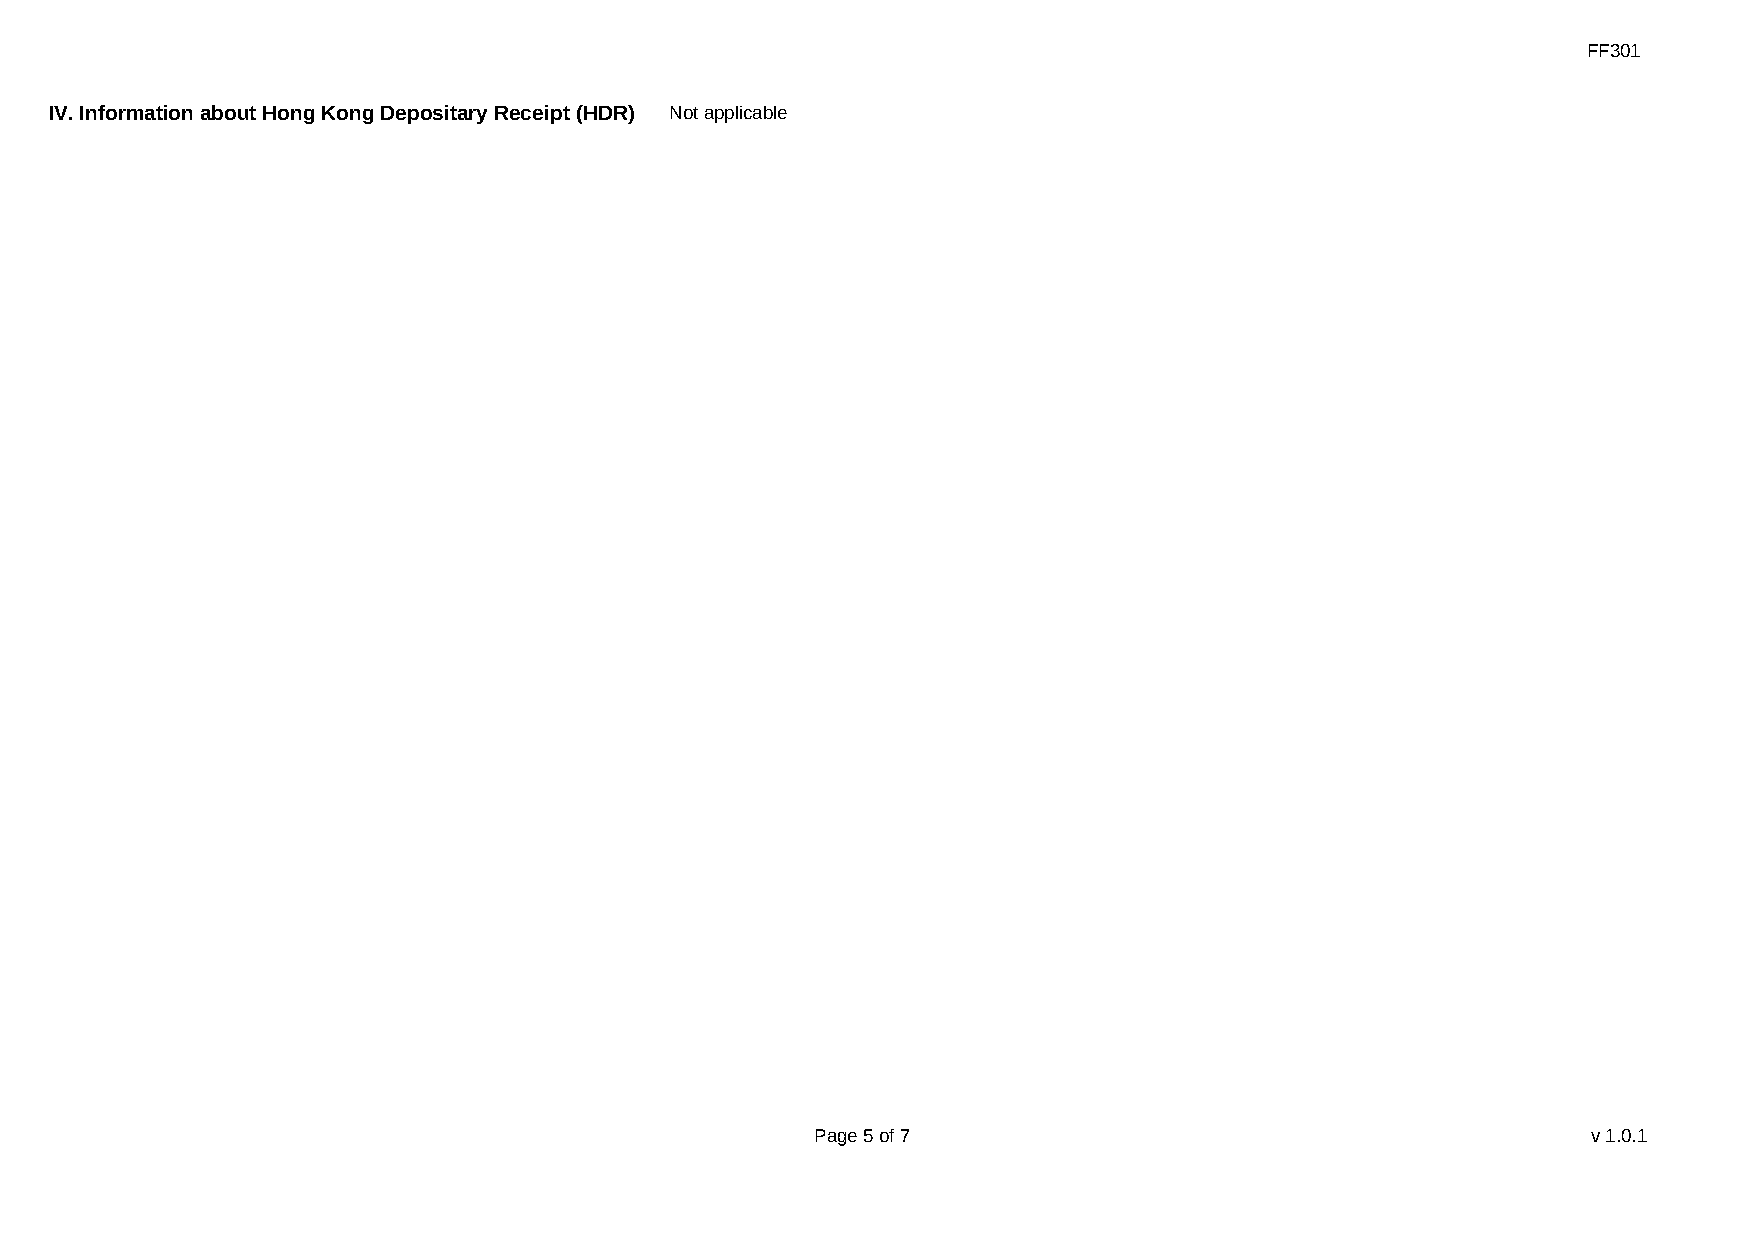
FF301
 IV. Information about Hong Kong Depositary Receipt (HDR) Not applicable
 Page 5 of 7                                        v1.0.1